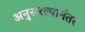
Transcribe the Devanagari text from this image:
अनुसरल्यानंतर